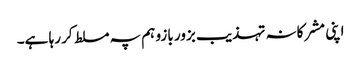
اپنی مشرکانہ تہذیب بزور بازو ہم پہ مسلط کر رہا ہے۔